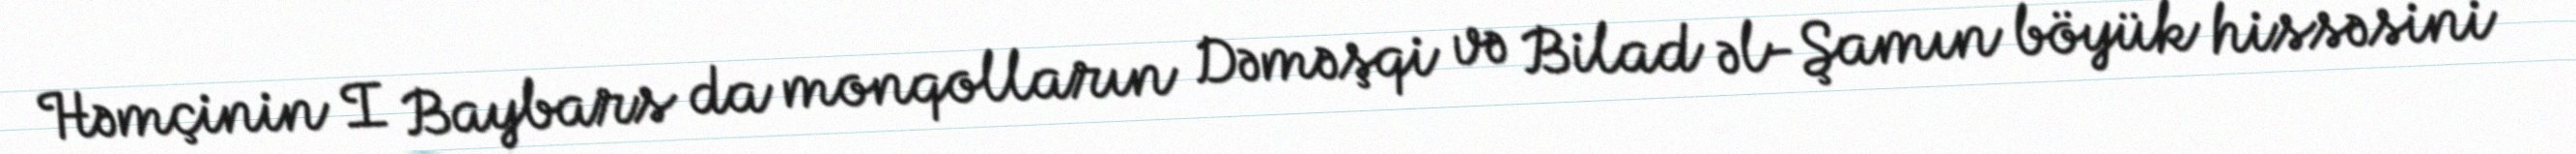
Həmçinin I Baybars da monqolların Dəməşqi və Bilad əl-Şamın böyük hissəsini